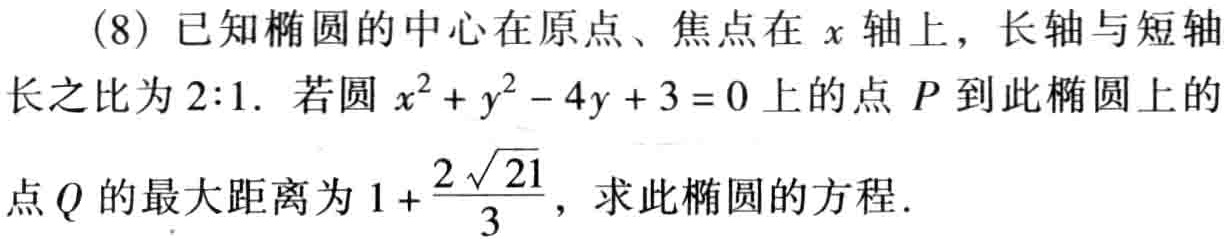
(8) 已知椭圆的中心在原点、焦点在 \(x\) 轴上，长轴与短轴长之比为 \(2:1\). 若圆 \(x^{2}+y^{2}-4y + 3 = 0\) 上的点 \(P\) 到此椭圆上的点 \(Q\) 的最大距离为 \(1+\frac{2\sqrt{21}}{3}\)，求此椭圆的方程.